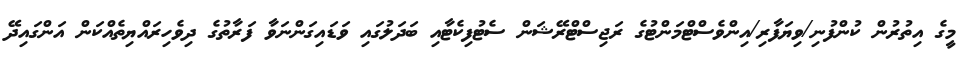
މީގެ އިތުރުން ކުންފުނި/ވިޔަފާރި/އިންވެސްޓްމަންޓުގެ ރަޖިސްޓްރޭޝަން ސެޓުފިކެޓާއި ބަދަލުގައި ވަޑައިގަންނަވާ ފަރާތުގެ ދިވެހިރައްޔިތެއްކަން އަންގައިދޭ